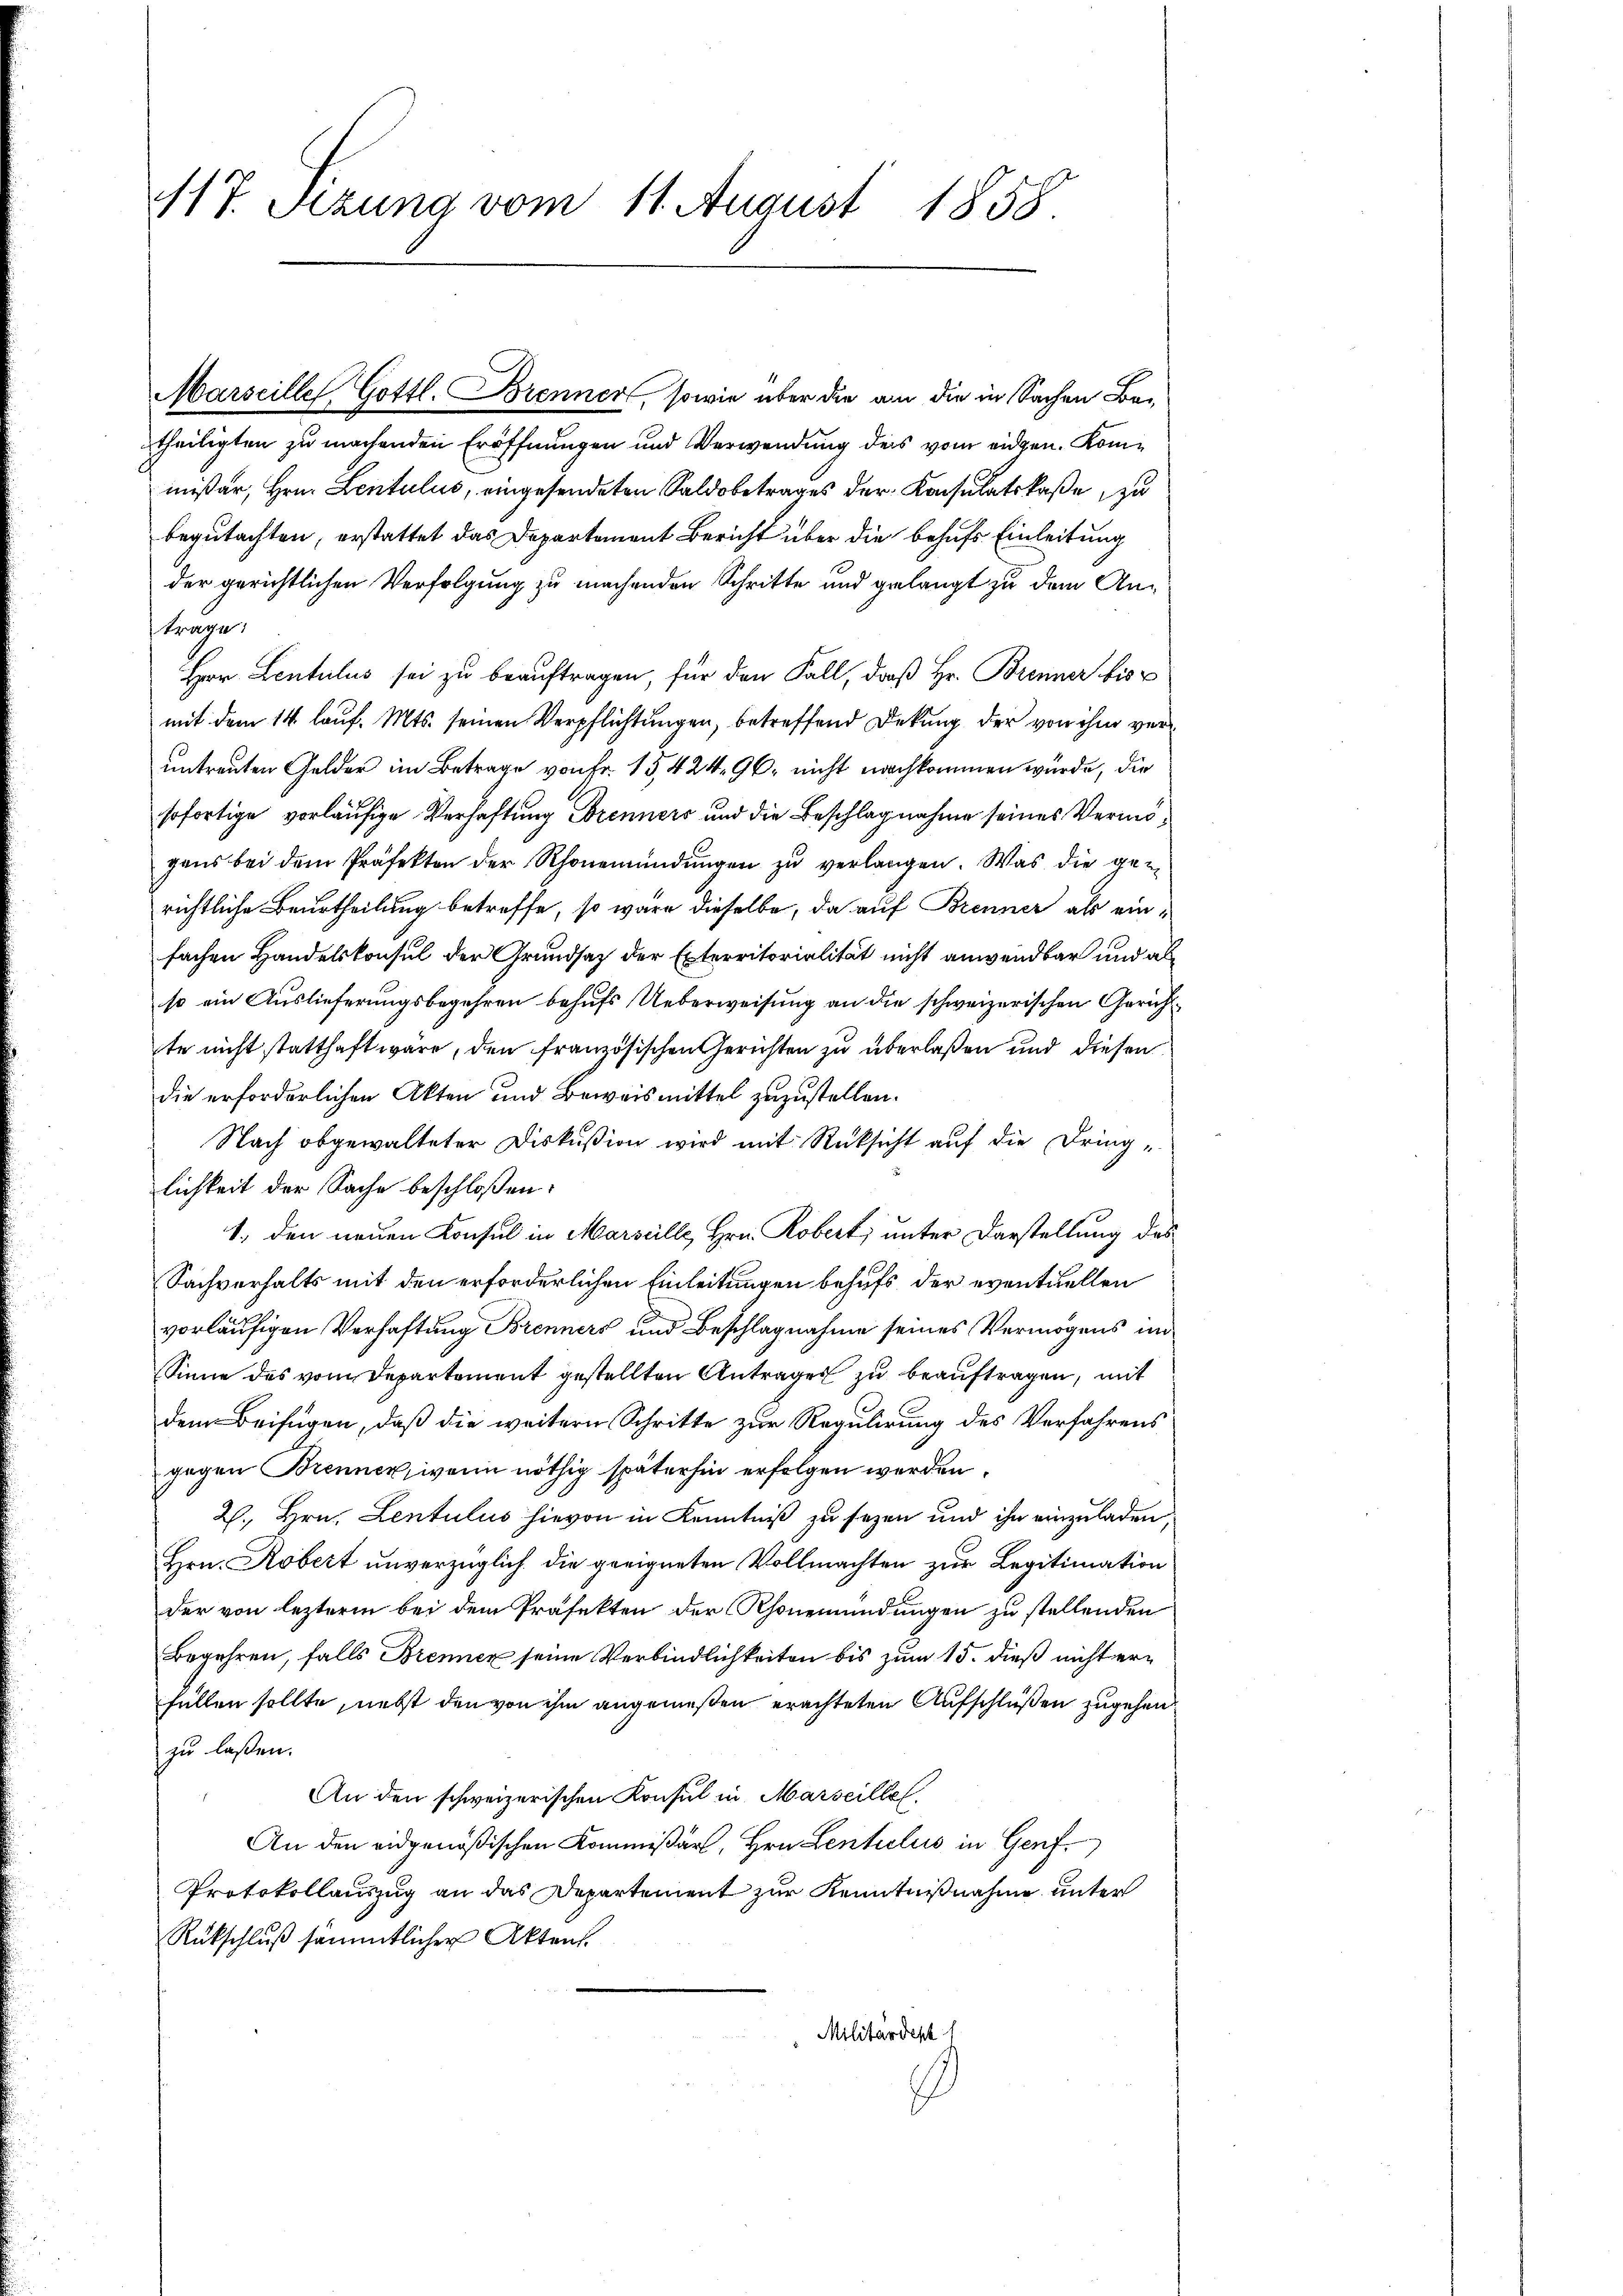
117. Sezung vom 11. August 1858.

Marseille Gottl. Brenner, sowie über die an die in Sachen Betheiligten zu machenden Eröffnungen und Verwendung des vom eidgen. Kommißär, Hrn. Lentulus, eingesendeten Saldobetrages der Konsulatskaße zu
begutachten, erstattet das Departement Bericht über die behufs Einleitung
der gerichtlichen Verfolgung zu machenden Schritte und gelangt zu dem Antrage,
Herr Lentulus sei zu beauftragen, für den Fall, daß Hr. Brenner bis
mit dem 14. lauf. Mts. seinen Verpflichtungen, betreffend Dekung der von ihm veruntreuten Gelder im Betrage von Fr. 15,424. 96. nicht nachkommen würde, die
sofortige vorläufige Verhaftung Brenners und die Beschlagnahme seines Vermögens bei dem Präfekten der Rhonemündungen zu verlangen. Was die genrichtliche Beurtheilung betreffe, so wäre dieselbe, da auf Brenner als einfachen Handelskonsul der Grundsatz der Exterritorialität nicht anwendbar und al
so ein Auslieferungsbegehren behufs Ueberweisung an die schweizerischen Gerichtte nicht statthaft wäre, den französischen Gerichten zu überlaßen und diesen
die erforderlichen Akten und Beweismittel zuzustellen.
Nach obgewalteter Diskußion wird mit Rücksicht auf die Dringlichkeit der Sache beschloßen:
1., den neuen Konsul in Marseille, Hrn. Robert, unter Darstellung des
Sachverhalts mit den erforderlichen Einleitungen behufs der eventuellen
vorläufigen Verhaftung Brenners und Beschlagnahme seines Vermögens im
Sinne des vom Departement gestellten Antrages zu beauftragen, mit
dem Beifügen, daß die weitern Schritte zur Regulirung des Verfahrens
gegen Brennen, wenn nöthig späterhin erfolgen werden.
2., Hrn. Lentulus hievon in Kenntniß zu sezen und ihn einzuladen,
Hrn. Robert unverzüglich die geeigneten Vollmachten zur Legitimation
der von lezterm bei dem Präfekten der honemündungen zu stellenden
Begehren, falls Brennen seine Verbindlichkeiten bis zum 15. dieß nicht erfüllen sollte, nebst den von ihm angemeßen erachteten Aufschlüßen zugehen
zu laßen.
An den schweizerischen Konsul in Marseille.
An den eidgenößischen Kommissär, Hrn. Lentiliis in Genf
Protokollauszug an das Departement zur Kenntnißnahme unter
Rückschluß sämmtlicher Akten.
Militärdept 1
1